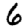
Digit: 6